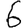
Digit: 6